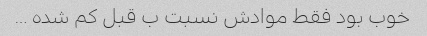
خوب بود فقط موادش نسبت ب قبل کم شده …